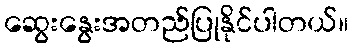
ဆွေးနွေးအတည်ပြုနိုင်ပါတယ်။